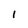
Character: I